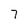
Character: 7